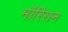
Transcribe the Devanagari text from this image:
मॉरिसन